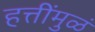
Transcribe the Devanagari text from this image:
हत्तींमुळं